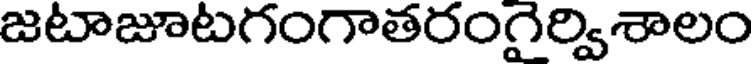
జటాజూటగంగాతరంగైర్విశాలం